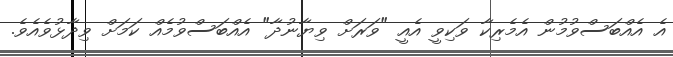
އެ އެއްބަސްވުމުން އެމެރިކާ ވަކިވީ އެއީ "ވަރަށް ވިޔާނުދާ" އެއްބަސްވުމެއް ކަމަށް ވިދާޅުވެއެވެ.